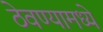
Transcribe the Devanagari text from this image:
ठेवण्यामध्ये